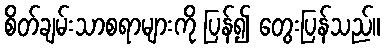
စိတ်ချမ်းသာစရာများကို ပြန်၍ တွေးပြန်သည်။